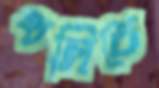
থলিতে